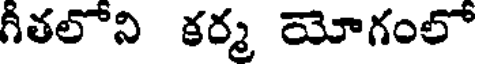
గీతలోని కర్మ యోగంలో